Document type: Emphyteutic lease
Year: 1316
Scribe: Guillem de Vila
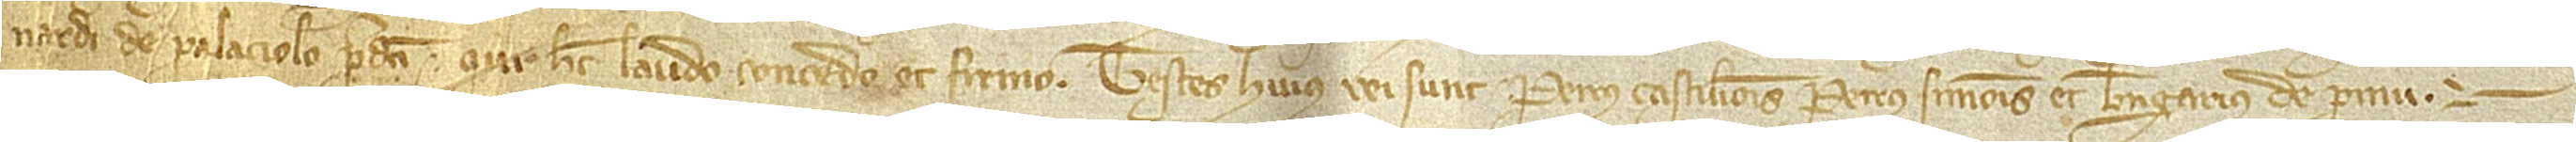
nardi de Palaciolo predicti, qui hec laudo, concedo et firmo. Testes huius rei sunt: Petrus Castilionis, Petrus Simonis et Berengarius de Pinu.